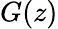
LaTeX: G(z)